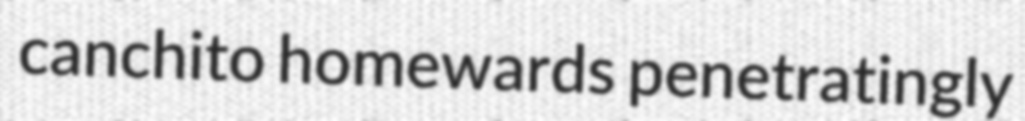
canchito homewards penetratingly